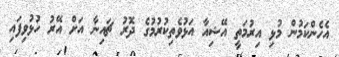
އެހެންކަމުން މުޅި އިރުމަތީ އޭޝިއާ އަޅުވެތިކުރުމުގެ ދޮރު ޗައިނާ އަށް އޭރު ހުޅުވިފައި